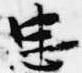
忠